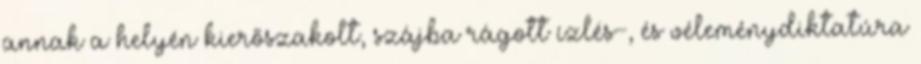
annak a helyén kierőszakolt, szájba rágott ízlés-, és véleménydiktatúra